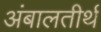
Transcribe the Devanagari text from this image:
अंबालतीर्थ